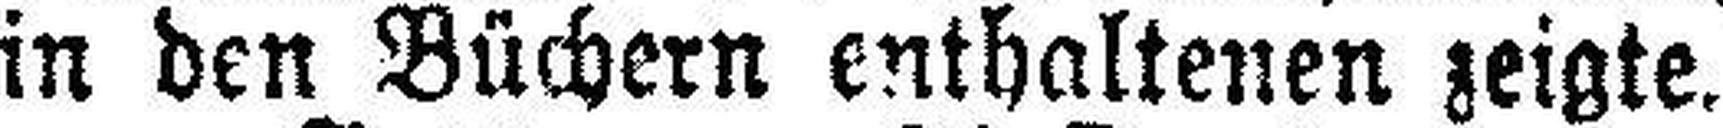
in den Büchern enthaltenen zeigte.